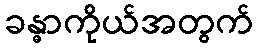
ခန္ဓာကိုယ်အတွက်